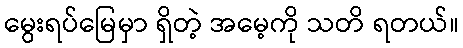
မွေးရပ်မြေမှာ ရှိတဲ့ အမေ့ကို သတိ ရတယ်။